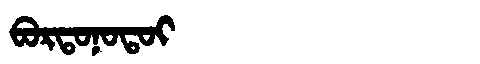
Manchu: ᠪᠣᡵᡨᠣᠨᠣᡨᠣᡳ
Romanization: BORTONOTOI